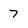
Character: 7